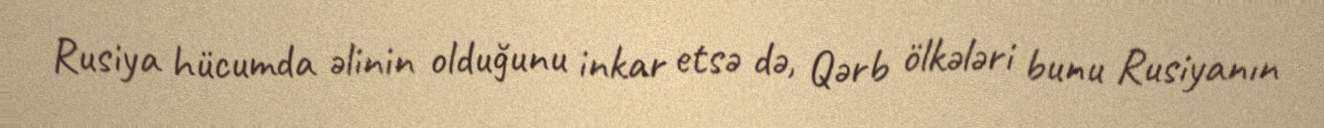
Rusiya hücumda əlinin olduğunu inkar etsə də, Qərb ölkələri bunu Rusiyanın